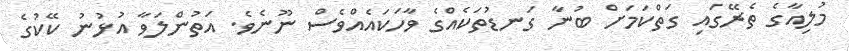
މުލިއާގެ ތެރޭގައި ގަތްކަމަށް ބުނާ ގަނޑުތަކެއްގެ ވާހަކައެއްވެސް ނޫނެވެ. އަތުންލަވާ އުޅުނު ކޭކުގެ